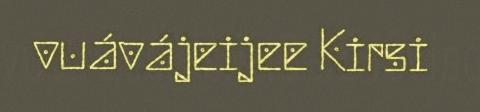
vuávájeijee Kirsi